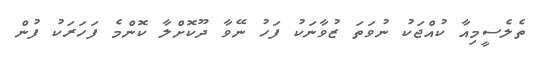
ތެލެސީމިއާ ކުއްޖަކު ނުވަތަ ޒުވާނަކު ފަހު ނޭވާ ދޫކޮށްލާ ކޮންމެ ފަހަރަކު ފުން